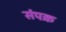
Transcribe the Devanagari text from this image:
संपक्र